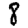
Digit: 8